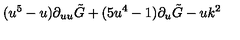
( u ^ { 5 } - u ) \partial _ { u u } \tilde { G } + ( 5 u ^ { 4 } - 1 ) \partial _ { u } \tilde { G } - u k ^ { 2 }